Leaving Certificate Examination (including Day School Certificate (Higher) General paper), 1932
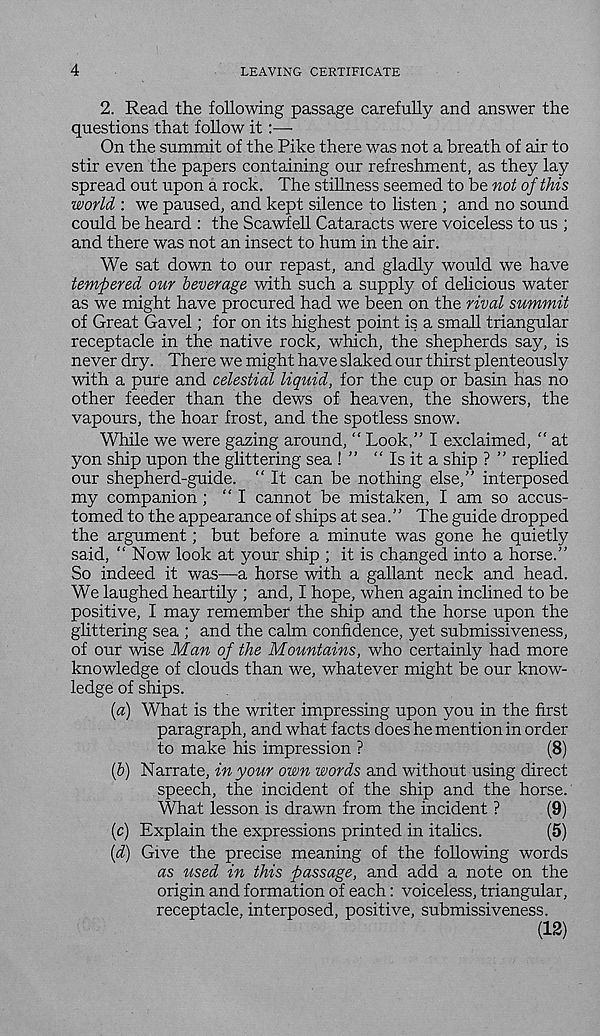
4
LEAVING CERTIFICATE
2. Read the following passage carefully and answer the
questions that follow it:—
On the summit of the Pike there was not a breath of air to
stir even the papers containing our refreshment, as they lay
spread out upon a rock. The stillness seemed to be not of this
world : we paused, and kept silence to listen ; and no sound
could be heard : the Scawfell Cataracts were voiceless to us ;
and there was not an insect to hum in the air.
We sat down to our repast, and gladly would we have
tempered our beverage with such a supply of delicious water
as we might have procured had we been on the rival summit
of Great Gavel; for on its highest point is a small triangular
receptacle in the native rock, which, the shepherds say, is
never dry. There we might have slaked our thirst plenteously
with a pure and celestial liquid, for the cup or basin has no
other feeder than the dews of heaven, the showers, the
vapours, the hoar frost, and the spotless snow.
While we were gazing around, “ Look,” I exclaimed, “ at
yon ship upon the glittering sea ! ” ” Is it a ship ? ” replied
our shepherd-guide. “ It can be nothing else,” interposed
my companion; “I cannot be mistaken, I am so accus-
tomed to the appearance of ships at sea. ’ ’ The guide dropped
the argument; but before a minute was gone he quietly
said, “ Now look at your ship ; it is changed into a horse.”
So indeed it was—a horse with a gallant neck and head.
We laughed heartily ; and, I hope, when again inclined to be
positive, I may remember the ship and the horse upon the
glittering sea ; and the calm confidence, yet submissiveness,
of our wise Man of the Mountains, who certainly had more
knowledge of clouds than we, whatever might be our know-
ledge of ships.
{a) What is the writer impressing upon you in the first
paragraph, and what facts does he mention in order
to make his impression ?
(8)
(6) Narrate, in your own words and without using direct
speech, the incident of the ship and the horse.
What lesson is drawn from the incident ?
(9)
(c) Explain the expressions printed in italics.
(5)
[d) Give the precise meaning of the following words
as used in this passage, and add a note on the
origin and formation of each: voiceless, triangular,
receptacle, interposed, positive, submissiveness.
(12)